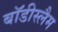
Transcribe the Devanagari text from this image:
बॉडीस्लैम